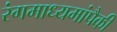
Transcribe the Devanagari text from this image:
रंगमाध्यमांपैकी